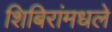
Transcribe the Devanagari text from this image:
शिबिरांमधले